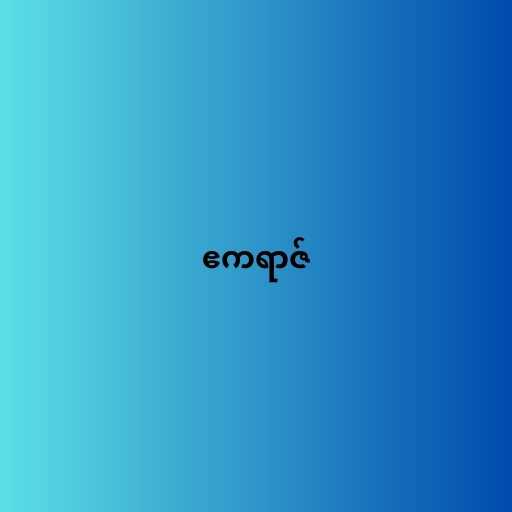
ဧကရာဇ်